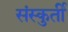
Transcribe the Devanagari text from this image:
संस्कुर्ती